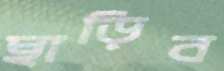
ছাড়িব